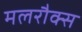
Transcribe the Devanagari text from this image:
मलरौक्स